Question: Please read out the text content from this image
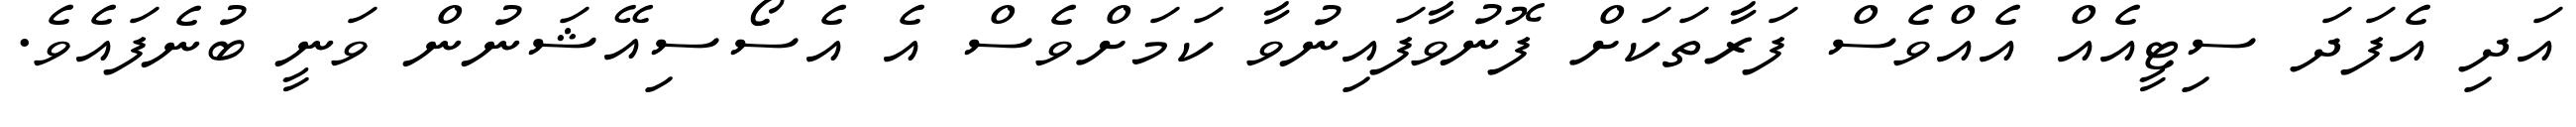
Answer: އަދި އެފަދަ ސިޓީއެއް އެއްވެސް ފަރާތަކަށް ފޮނުވާފައިނުވާ ކަމަށްވެސް އެ އެސޯސިއޭޝަނުން ވަނީ ބުނެފައެވެ.